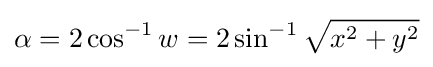
\alpha =2\cos ^{-1}w=2\sin ^{-1}{\sqrt {x^{2}+y^{2}}}